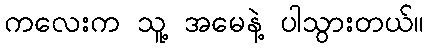
ကလေးက သူ့ အမေနဲ့ ပါသွားတယ်။